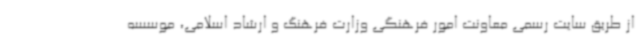
از طریق سایت رسمی معاونت امور فرهنگی وزارت فرهنگ و ارشاد اسلامی، موسسه